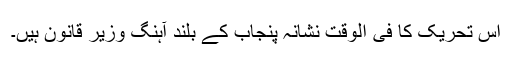
اس تحریک کا فی الوقت نشانہ پنجاب کے بلند آہنگ وزیر قانون ہیں۔